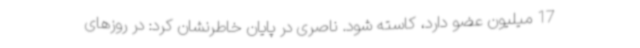
17 میلیون عضو دارد، کاسته شود. ناصری در پایان خاطرنشان کرد: در روزهای